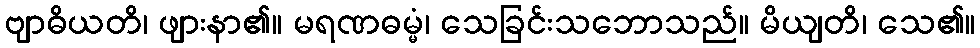
ဗျာဓိယတိ၊ ဖျားနာ၏။ မရဏဓမ္မံ၊ သေခြင်းသဘောသည်။ မိယျတိ၊ သေ၏။